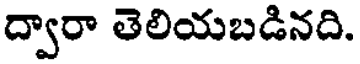
ద్వారా తెలియబడినది.